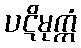
ပဋိမုက္ကံ